Vaccination United Provinces of Agra and Oudh 1923-1928 - 1923-1928
Year: 1923
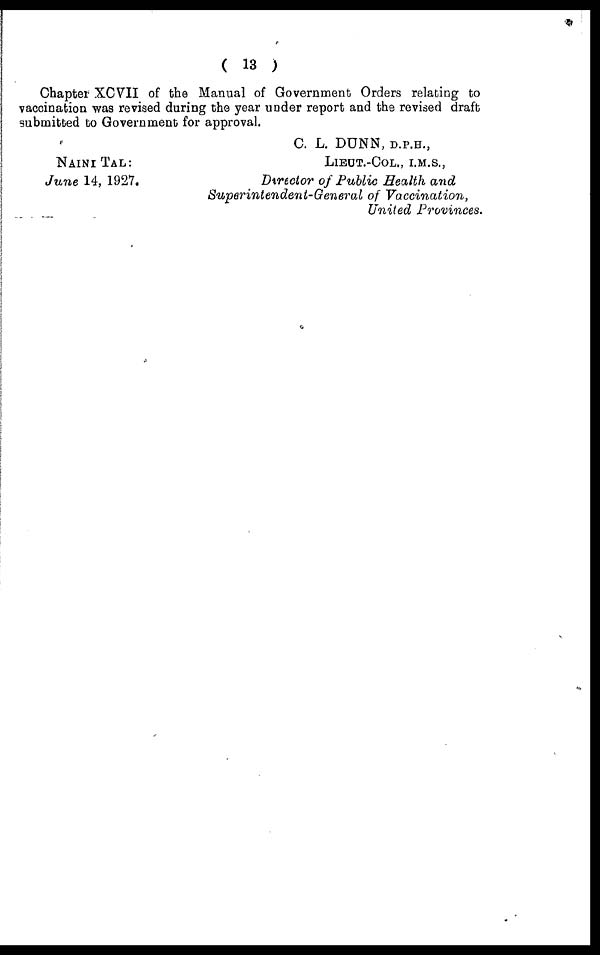
( 13 )
Chapter XCVII of the Manual of Government Orders relating to
vaccination was revised during the year under report and the revised draft
submitted to Government for approval.
NAINI TAL:
June 14, 1927.
C. L. DUNN, D.P.H.,
LIEUT.-COL., I.M.S.,
Director of Public Health and
Superintendent-General of Vaccination,
United Provinces.